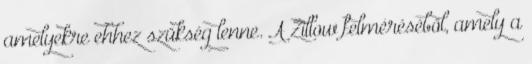
amelyekre ehhez szükség lenne. A Zillow felméréséből, amely a